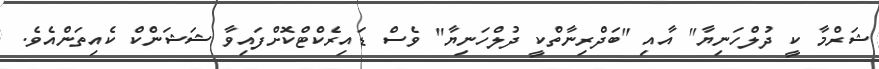
ޝަރްމާ ކީ ދުލްހަނިޔާ" އާއި "ބަދްރިނާތްކީ ދުލްހަނިޔާ" ވެސް ޑައިރެކްޓްކޮށްފައިވާ ޝަޝަންކް ކެއިތަންއެވެ.